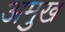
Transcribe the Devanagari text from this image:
अमुख